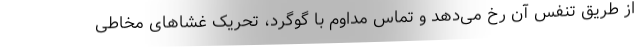
از طریق تنفس آن رخ می‌دهد و تماس مداوم با گوگرد، تحریک‌ غشاهای مخاطی